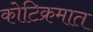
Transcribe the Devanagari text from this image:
कोटिक्रमात